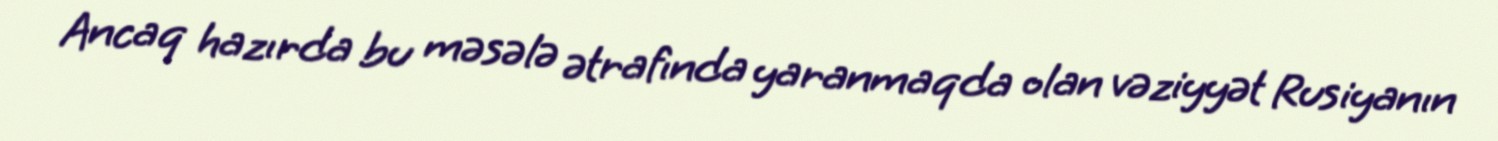
Ancaq hazırda bu məsələ ətrafında yaranmaqda olan vəziyyət Rusiyanın